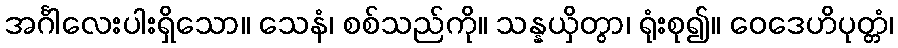
အင်္ဂါလေးပါးရှိသော။ သေနံ၊ စစ်သည်ကို။ သန္နယှိတွာ၊ ရုံးစု၍။ ဝေဒေဟိပုတ္တံ၊